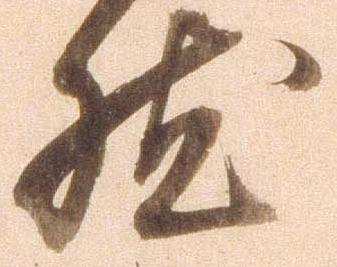
然